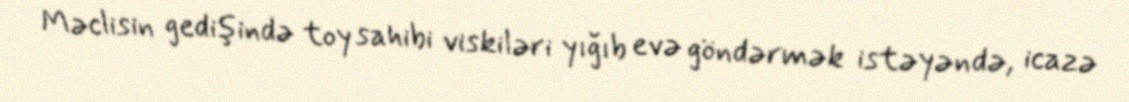
Məclisin gedişində toy sahibi viskiləri yığıb evə göndərmək istəyəndə, icazə